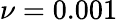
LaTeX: \nu=0.001